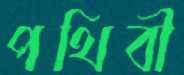
পথিবী